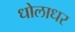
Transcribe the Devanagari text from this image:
धोलाधर